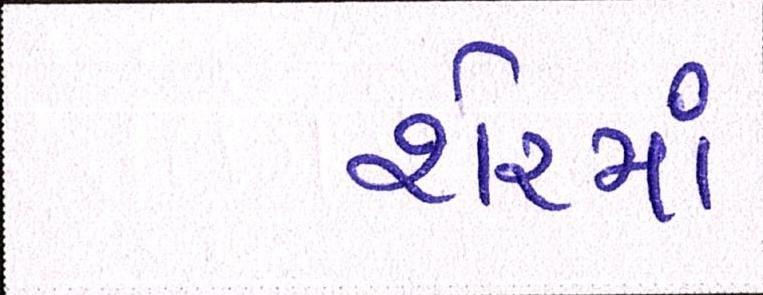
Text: શેરમાં